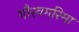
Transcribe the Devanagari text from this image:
गौरवगरिमा